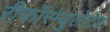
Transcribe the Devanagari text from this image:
रीफॉरम्युलेटेड